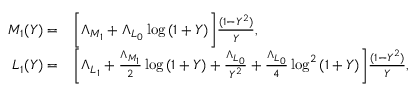
\begin{array} { r l } { M _ { 1 } ( Y ) = } & { \bigg [ \Lambda _ { M _ { 1 } } + \Lambda _ { L _ { 0 } } \log { ( 1 + Y ) } \bigg ] \frac { ( 1 - Y ^ { 2 } ) } { Y } , } \\ { L _ { 1 } ( Y ) = } & { \bigg [ \Lambda _ { L _ { 1 } } + \frac { \Lambda _ { M _ { 1 } } } { 2 } \log { ( 1 + Y ) } + \frac { \Lambda _ { L _ { 0 } } } { Y ^ { 2 } } + \frac { \Lambda _ { L _ { 0 } } } { 4 } \log ^ { 2 } { ( 1 + Y ) } \bigg ] \frac { ( 1 - Y ^ { 2 } ) } { Y } , } \end{array}